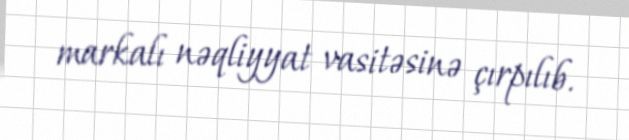
markalı nəqliyyat vasitəsinə çırpılıb.